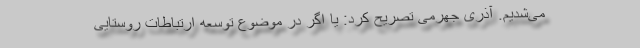
می‌شدیم. آذری جهرمی تصریح کرد: یا اگر در موضوع توسعه ارتباطات روستایی